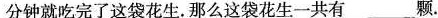
5分钟就吃完了这袋花生，那么这袋花生一共有____颗。